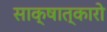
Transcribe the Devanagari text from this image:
साक्षात्कारो